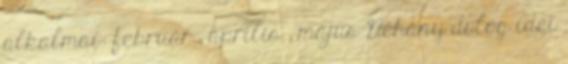
alkalmai: február ; április ; május Néhány dolog idei